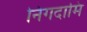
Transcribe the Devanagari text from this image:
निगदामि